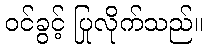
ဝင်ခွင့် ပြုလိုက်သည်။